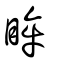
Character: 眸